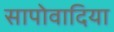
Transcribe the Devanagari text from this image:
सापोवादिया